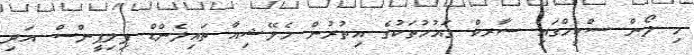
މި ލޯން ސްކީމްގައި ސާރކް ގައުމުތަކުގެ އިތުރުން މެލޭޝިއާ ތައިލެންޑް ފިލިޕީންސް އަދި